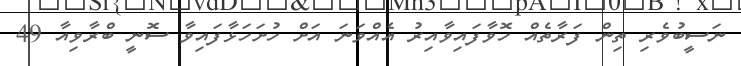
ނަސީބުވެރި ތިން ފަރާތެއް ހޮވާފައިވާއިރު އެއްވަނަ އަށް ހުށަހަޅާފައިވާ ސޮނީ ބްރާވިއާ 49